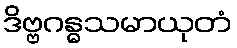
ဒိဗ္ဗဂန္ဓသမာယုတံ